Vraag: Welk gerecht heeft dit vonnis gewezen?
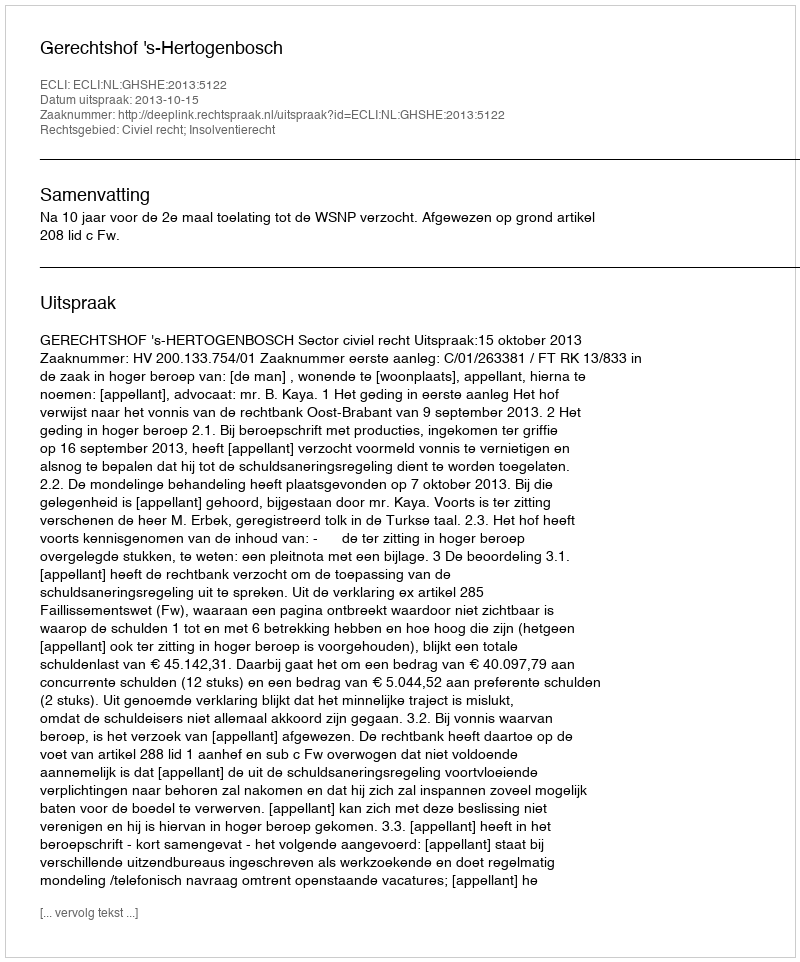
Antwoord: Gerechtshof 's-Hertogenbosch